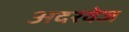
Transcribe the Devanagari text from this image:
अदरवेज